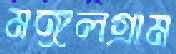
মঙ্গলগ্রাম